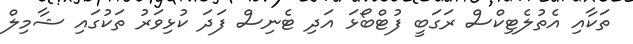
ތަކާއި އެތުލެޓިކްސް ރަގަބީ ފުޓްބޯޅަ އަދި ޓެނިސް ފަދަ ކުޅިވަރު ތަކުގައި ޝާމިލް